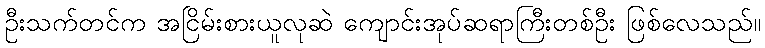
ဦးသက်တင်က အငြိမ်းစားယူလုဆဲ ကျောင်းအုပ်ဆရာကြီးတစ်ဦး ဖြစ်လေသည်။